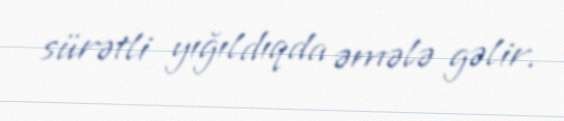
sürətli yığıldıqda əmələ gəlir.